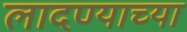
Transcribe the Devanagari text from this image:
लादण्याच्या